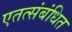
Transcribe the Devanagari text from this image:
एतत्संबंधित